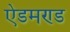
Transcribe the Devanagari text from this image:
ऐडमण्ड